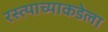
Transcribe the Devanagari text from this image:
रस्त्याच्याकडेला